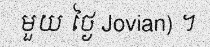
មួយ ថ្ងៃ Jovian) ។